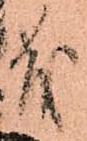
茂